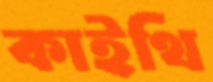
কাইথি